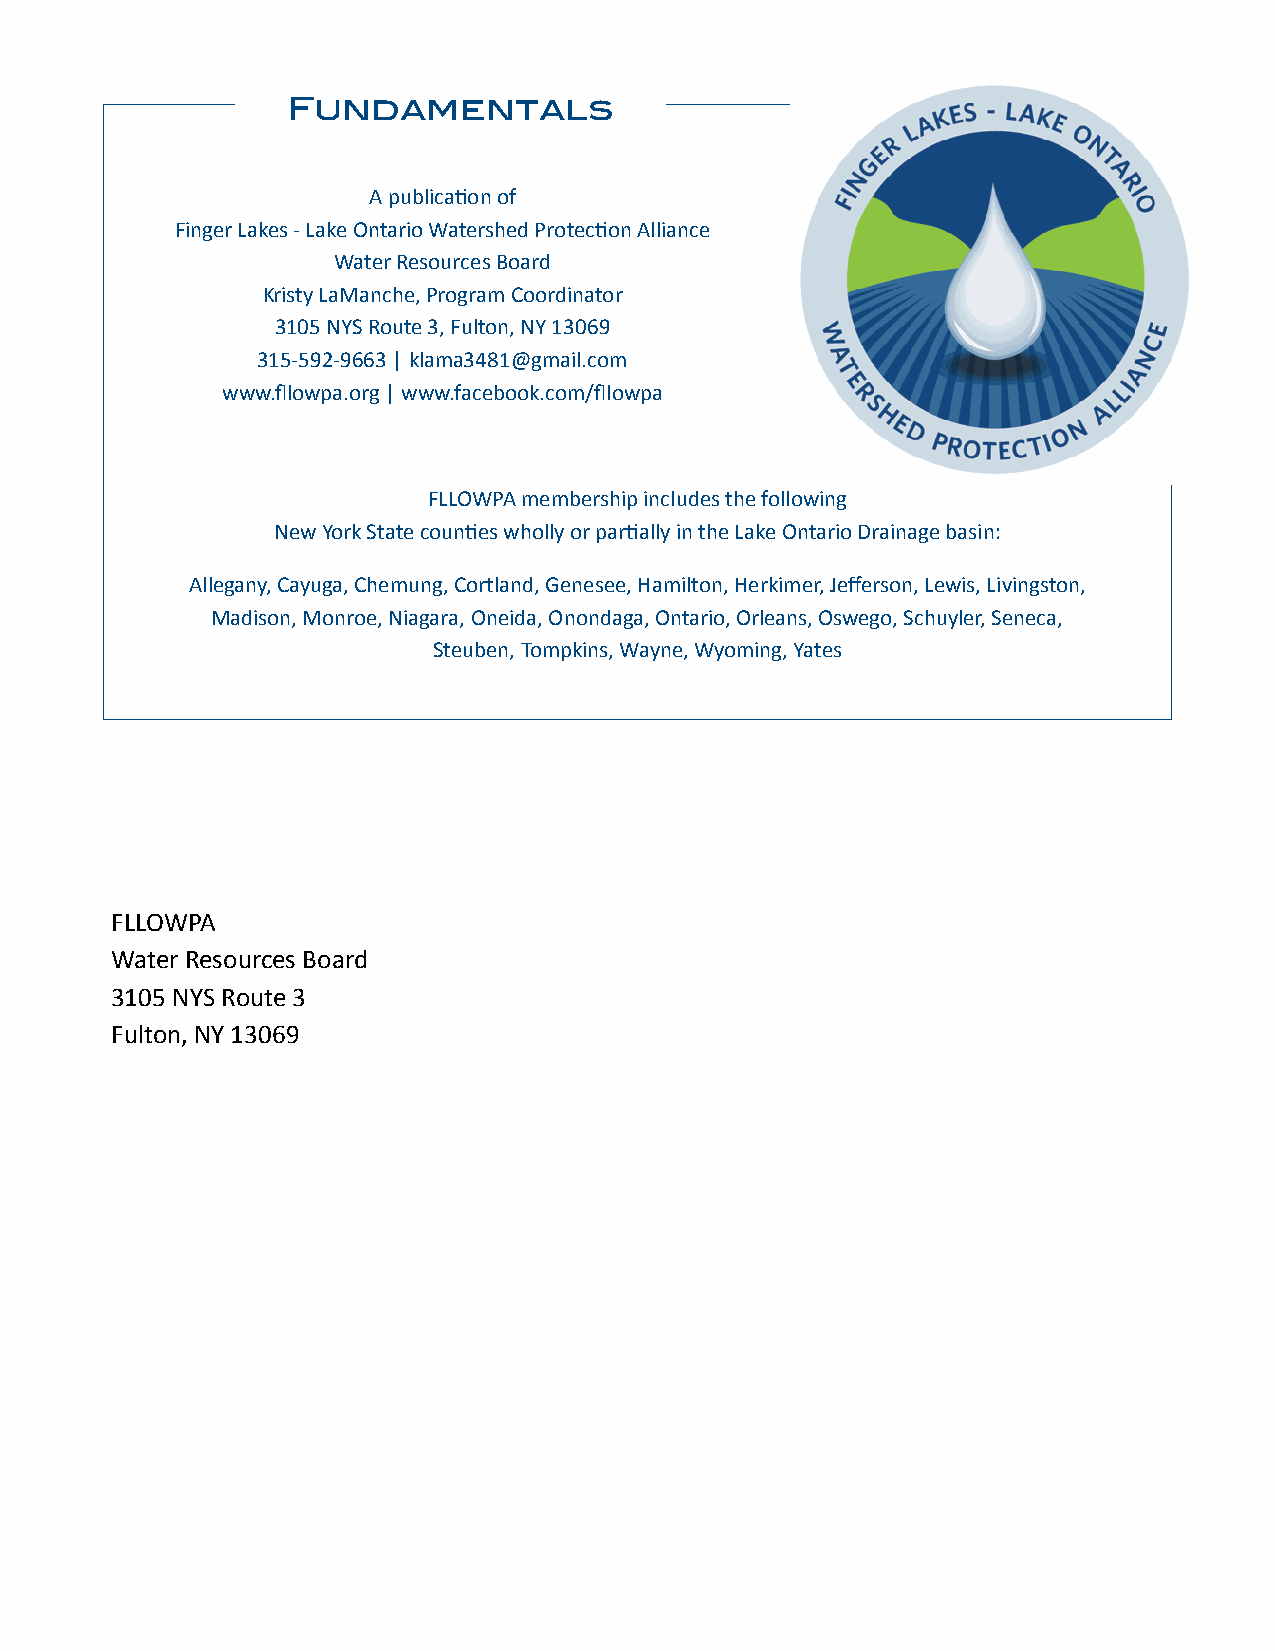
Fundamentals
 A publica0on of
 Finger Lakes - Lake Ontario Watershed Protec0on Alliance
 Water Resources Board
 Kristy LaManche, Program Coordinator
 3105 NYS Route 3, Fulton, NY 13069
 315-592-9663 | klama3481@gmail.com
 www.fllowpa.org | www.facebook.com/fllowpa
 FLLOWPA membership includes the following
 New York State coun0es wholly or par0ally in the Lake Ontario Drainage basin:
 Allegany, Cayuga, Chemung, Cortland, Genesee, Hamilton, Herkimer, Jefferson, Lewis, Livingston,
 Madison, Monroe, Niagara, Oneida, Onondaga, Ontario, Orleans, Oswego, Schuyler, Seneca,
 Steuben, Tompkins, Wayne, Wyoming, Yates
 FLLOWPA
 Water Resources Board
 3105 NYS Route 3
 Fulton, NY 13069